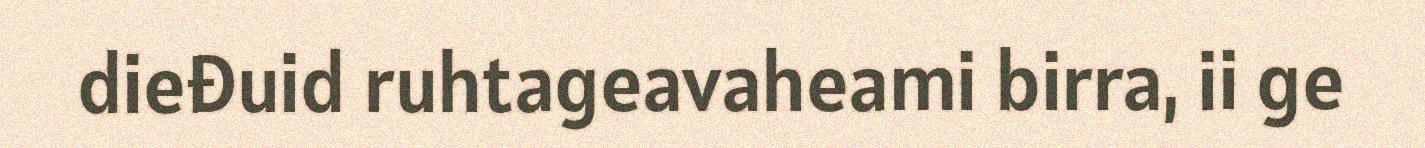
dieđuid ruhtageavaheami birra, ii ge